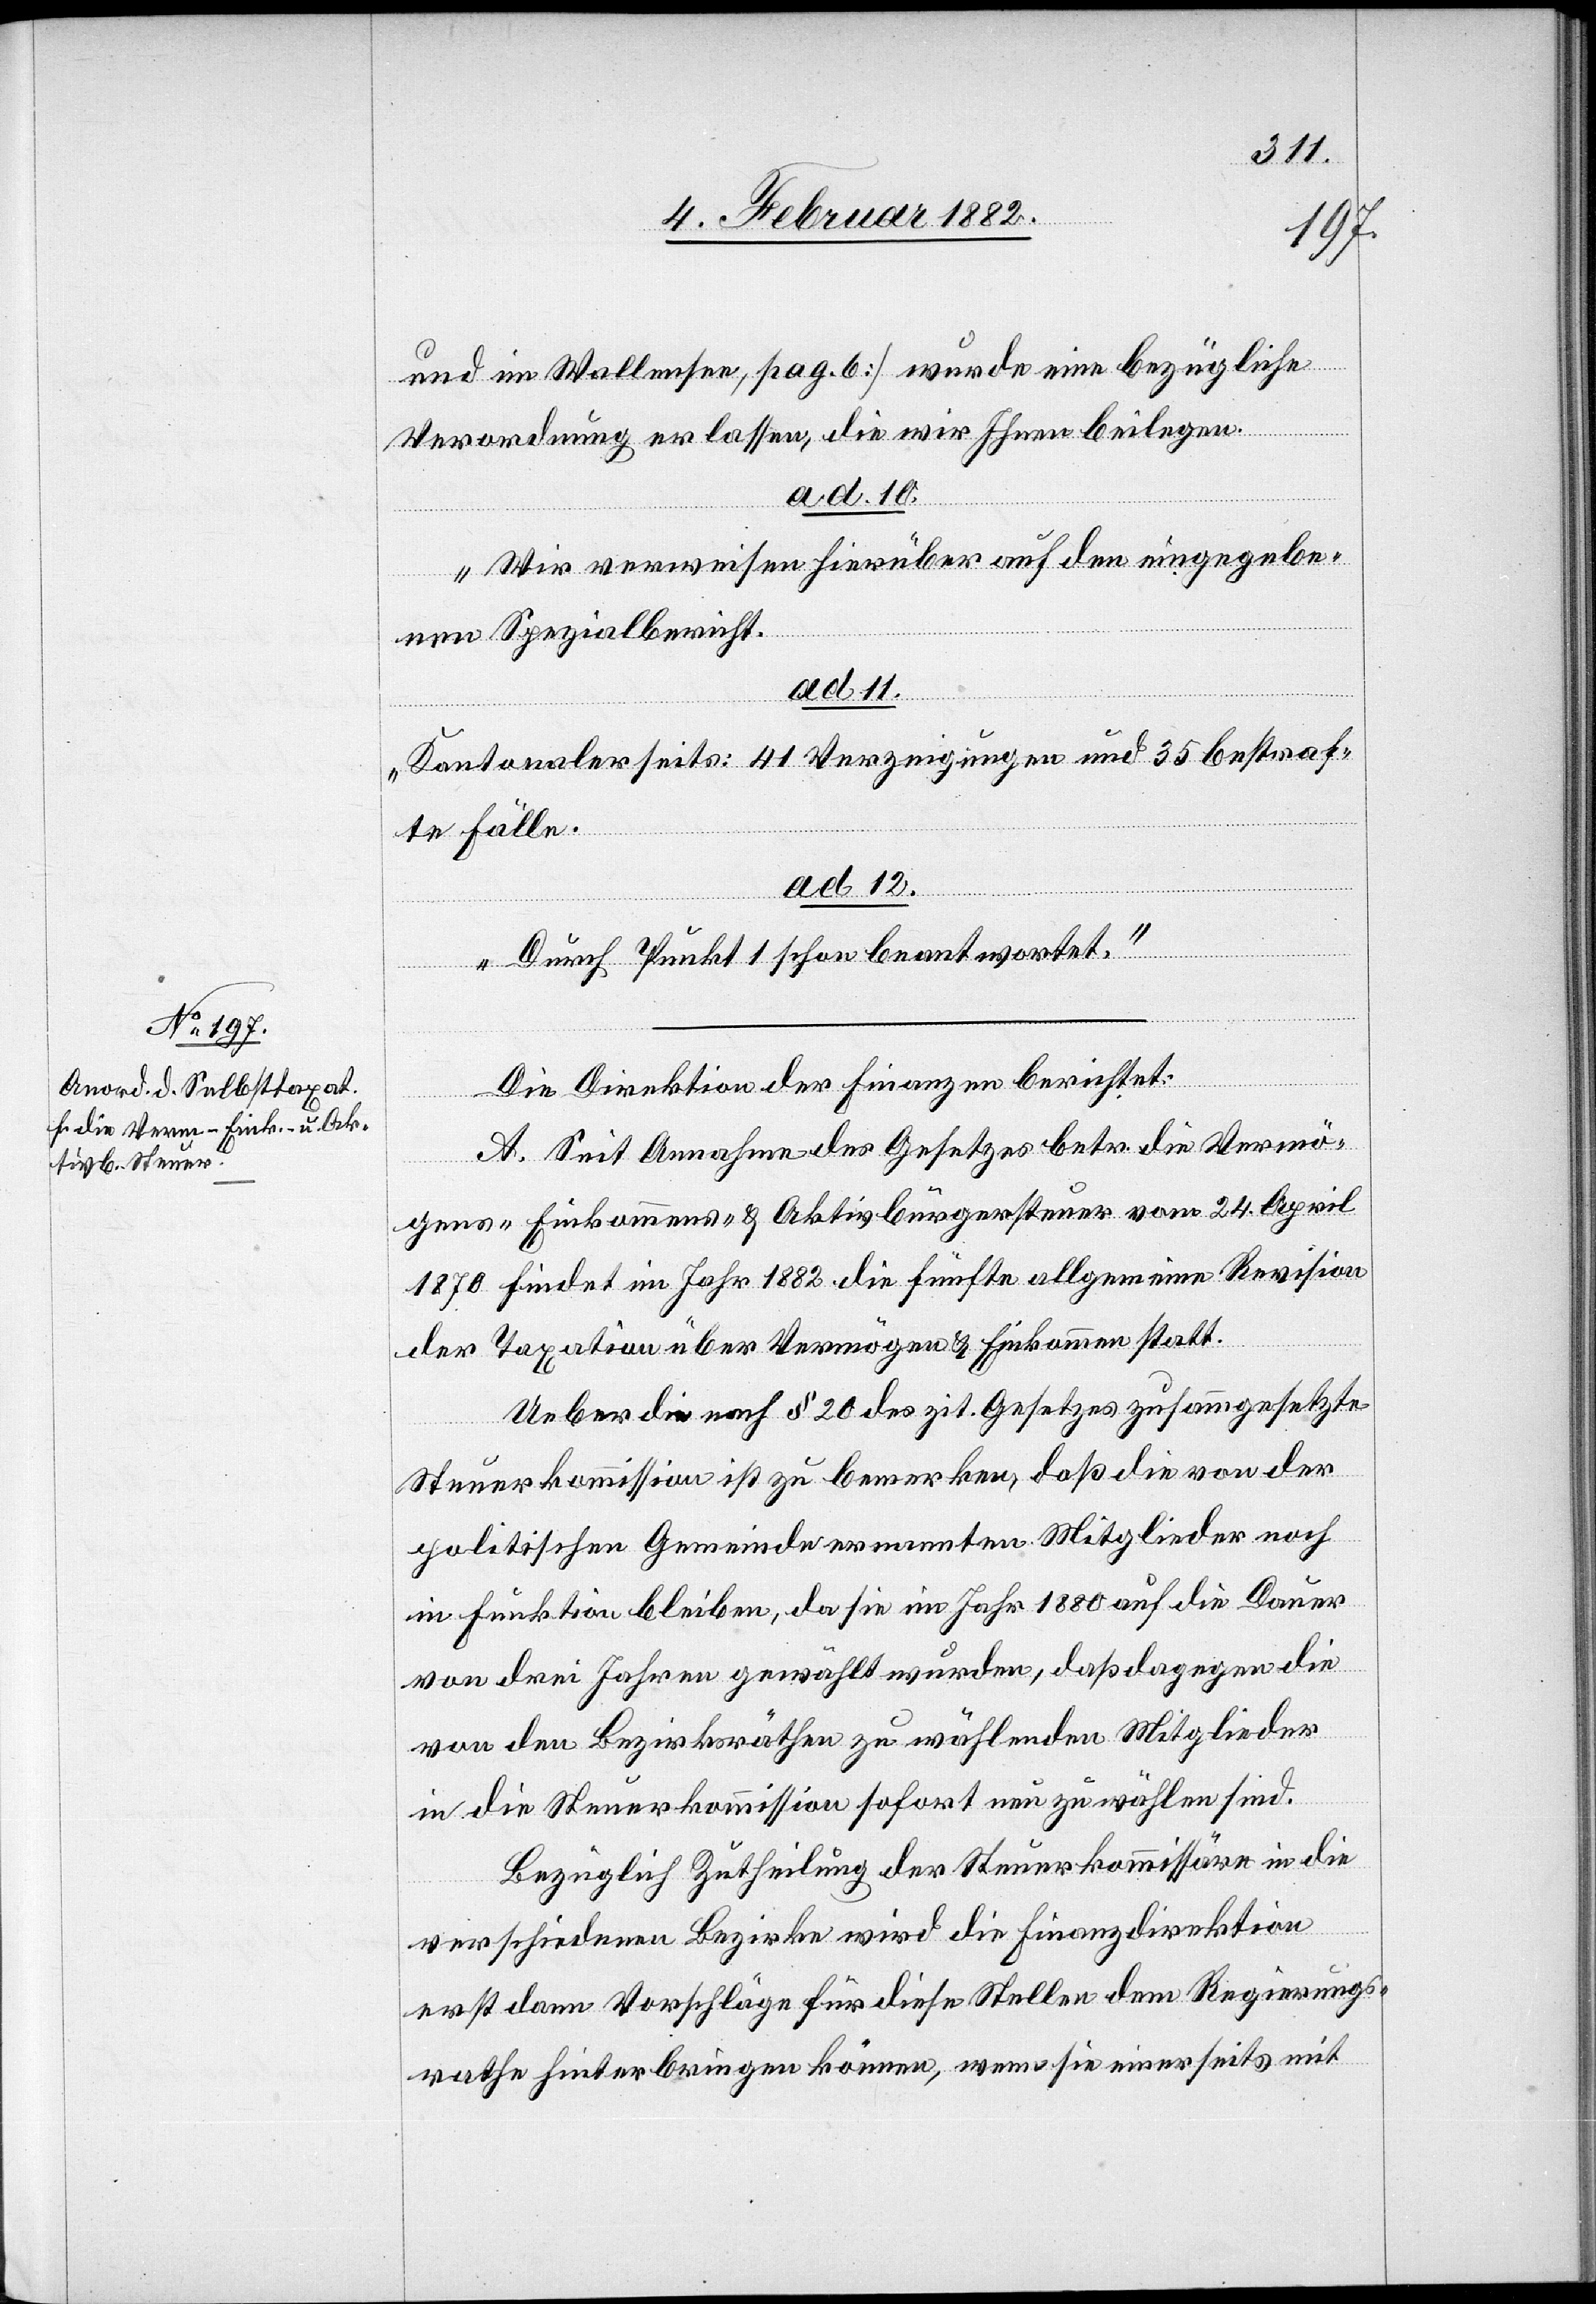
und im Wallensee, pag. 6] wurde eine bezügliche
Verordnung erlassen, die wir Ihnen beilegen.
ad. 10.
Wir verweisen hierüber auf den eingegebe¬
nen Spezialbericht.
ad. 11.
Kantonalerseits: 41 Verzeigungen und 35 bestraf¬
te Fälle.
ad. 12.
„Durch Punkt 1 schon beantwortet.“
Die Direktion der Finanzen berichtet:
A. Seit Annahme des Gesetzes betr. die Vermö¬
gens- Einkommens- & Akivbürgersteuern vom 24. April
1870 findet im Jahr 1882 die fünfte allgemeine Revision
der Taxation über Vermögen & Einkommen statt.
Ueber die nach § 20 des zit. Gesetzes zusammgesetzte
Steuerkommission ist zu bemerken, daß die von der
politischen Gemeinde ernannten Mitglieder noch
in Funktion bleiben, da sie im Jahr 1880 auf die Dauer
von drei Jahren gewählt wurden, daß dagegen die
von den Bezirksräthen zu wählenden Mitglieder
in die Steuerkommission sofort neu zu wählen sind.
Bezüglich Zutheilung der Steuerkommissären in die
verschiedene Bezirken wird die Finanzdirektion
erst dann Vorschläge für diese Stelle dem Regierungs¬
rathe hinterbringen können, wenn sie einerseits mit